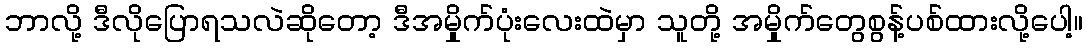
ဘာလို့ ဒီလိုပြောရသလဲဆိုတော့ ဒီအမှိုက်ပုံးလေးထဲမှာ သူတို့ အမှိုက်တွေစွန့်ပစ်ထားလို့ပေါ့။